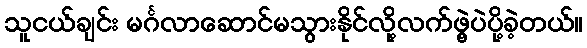
သူငယ်ချင်း မင်္ဂလာဆောင်မသွားနိုင်လို့လက်ဖွဲ့ပဲပို့ခဲ့တယ်။